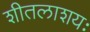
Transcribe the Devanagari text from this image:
शीतलाशयः